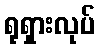
ရုရှားလုပ်